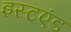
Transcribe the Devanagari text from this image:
इस्टएंड